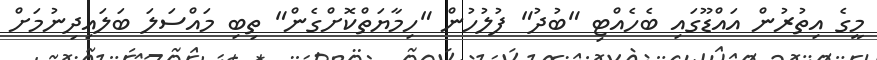
މީގެ އިތުރުން އައްޑޫގައި ބެހެއްޓި "ބުދު" ފުލުހުން "ހިމާޔަތްކޮށްގެން" ތިބި މައްސަލަ ބަލައިދިނުމަށް